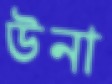
উনা